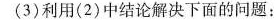
(3)利用(2)中结论解决下面的问题：